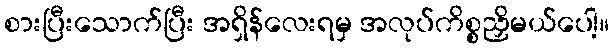
စားပြီးသောက်ပြီး အရှိန်လေးရမှ အလုပ်ကိစ္စညှိမယ်ပေါ့။